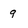
Character: 9